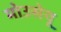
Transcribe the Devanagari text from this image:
मोउसेयू